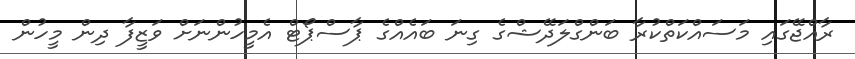
ރާއްޖޭގައި މަސައްކަތްކުރާ ބަންގްލަދޭޝްގެ ގިނަ ބައެއްގެ ޕާސްޕޯޓް އެމީހުންނަށް ވަޒީފާ ދިން މީހުން